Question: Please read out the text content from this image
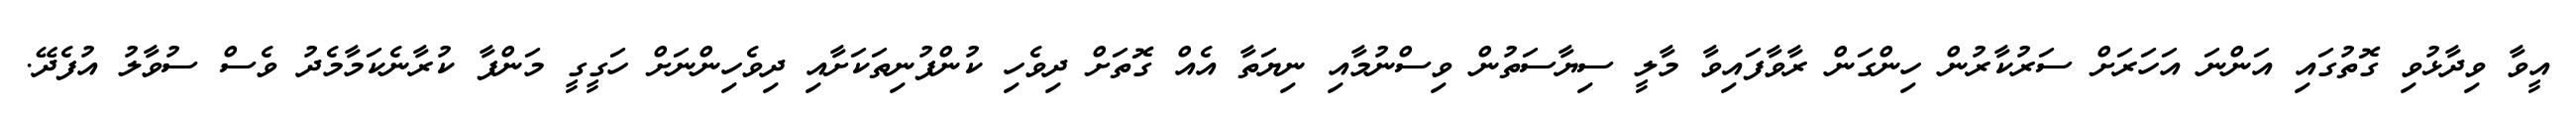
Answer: އީވާ ވިދާޅުވި ގޮތުގައި އަންނަ އަހަރަށް ސަރުކާރުން ހިންގަން ރާވާފައިވާ މާލީ ސިޔާސަތުން ވިސްނުމާއި ނިޔަތާ އެއް ގޮތަށް ދިވެހި ކުންފުނިތަކަށާއި ދިވެހިންނަށް ހަގީގީ މަންފާ ކުރާނެކަމާމެދު ވެސް ސުވާލު އުފެދޭ.